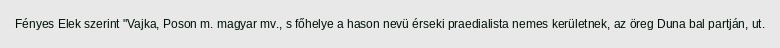
Fényes Elek szerint "Vajka, Poson m. magyar mv., s főhelye a hason nevü érseki praedialista nemes kerületnek, az öreg Duna bal partján, ut.